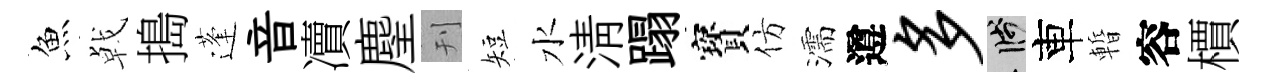
魚㦸搗蓬音凟麈刊短水清蹋寳仿濡遵多箋車暫容檟